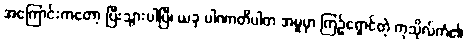
အကြောင်းကတော့ ပြီးသွားပါပြီ၊ ယခု ပါဏာတိပါတ အမှုမှာ ကြဉ်ရှောင်တဲ့ ကုသိုလ်ကံ၏